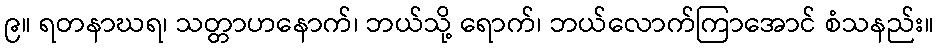
၉။ ရတနာဃရ၊ သတ္တာဟနောက်၊ ဘယ်သို့ ရောက်၊ ဘယ်လောက်ကြာအောင် စံသနည်း။